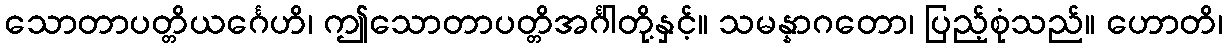
သောတာပတ္တိယင်္ဂေဟိ၊ ဤသောတာပတ္တိအင်္ဂါတို့နှင့်။ သမန္နာဂတော၊ ပြည့်စုံသည်။ ဟောတိ၊